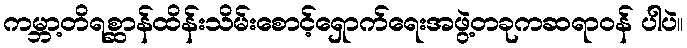
ကမ္ဘာ့တိရစ္ဆာန်ထိန်းသိမ်းစောင့်ရှောက်ရေးအဖွဲ့တခုကဆရာဝန် ပါပဲ။